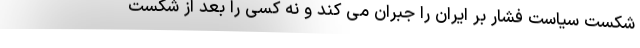
شکست سیاست فشار بر ایران را جبران می کند و نه کسی را بعد از شکست